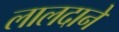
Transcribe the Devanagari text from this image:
लालदाने